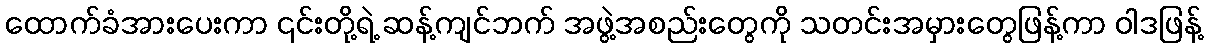
ထောက်ခံအားပေးကာ ၎င်းတို့ရဲ့ ဆန့်ကျင်ဘက် အဖွဲ့အစည်းတွေကို သတင်းအမှားတွေဖြန့်ကာ ဝါဒဖြန့်